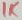
Text: 1K